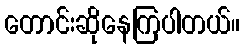
တောင်းဆိုနေကြပါတယ်။